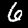
Digit: 6